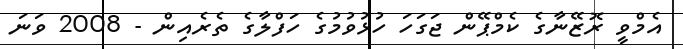
އެމްވީ ރޮޒޭނާގެ ކެމްޕޭން ޖަގަހަ ހުޅުވުމުގެ ހަފްލާގެ ތެރެއިން - 2008 ވަނަ